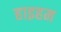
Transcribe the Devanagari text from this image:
हाइहम